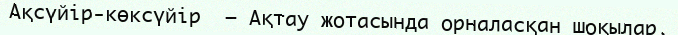
Ақсүйір-көксүйір  – Ақтау жотасында орналасқан шоқылар.